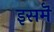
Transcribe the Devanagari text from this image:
इसमॆं